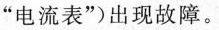
“电流表”)出现故障。